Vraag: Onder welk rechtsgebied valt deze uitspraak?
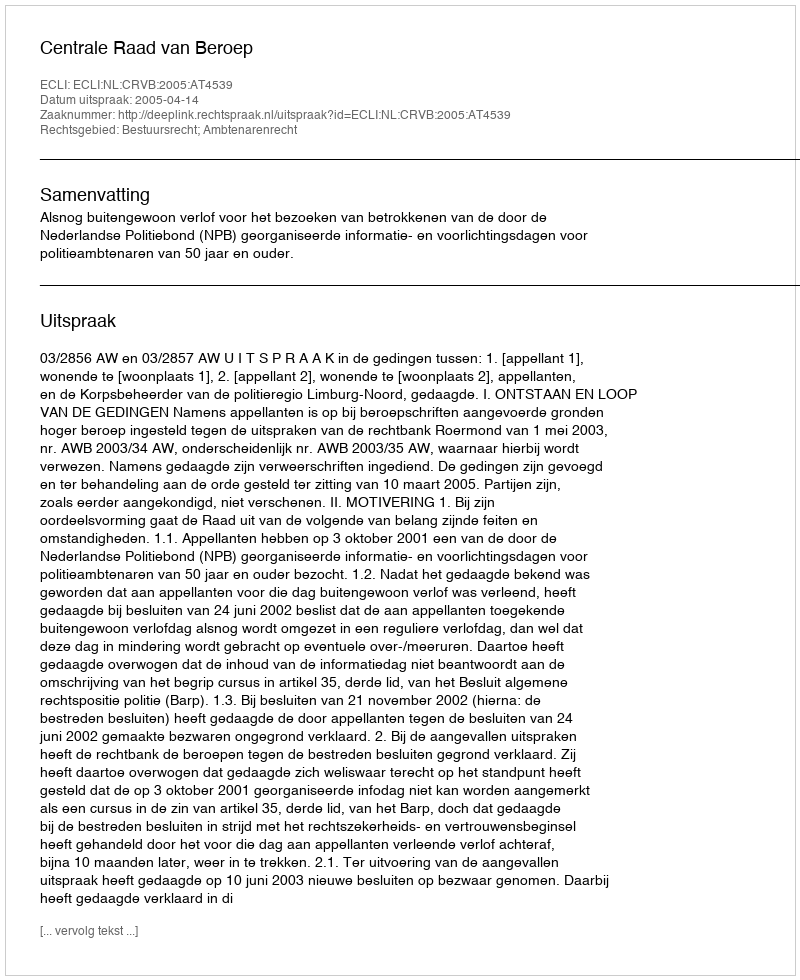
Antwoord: Bestuursrecht; Ambtenarenrecht